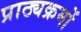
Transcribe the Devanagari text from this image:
प्राठ्यक्रमों